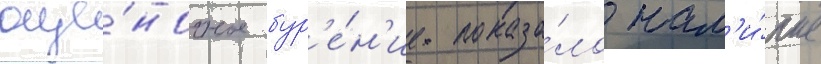
оце́ночное бур'е́н'ие показа́ло нал'и́чие